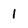
Character: 1